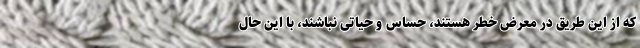
که از این طریق در معرض خطر هستند، حساس و حیاتی نباشند، با این حال